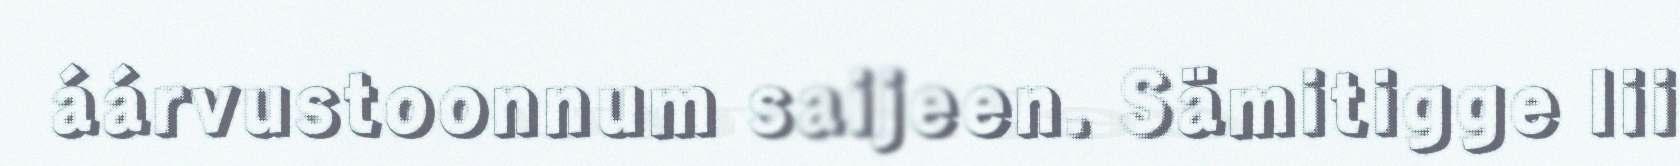
áárvustoonnum saijeen. Sämitigge lii